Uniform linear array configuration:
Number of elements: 48
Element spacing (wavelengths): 1
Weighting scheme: cosine
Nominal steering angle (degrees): -15
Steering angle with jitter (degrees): -14.241
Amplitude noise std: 0.05
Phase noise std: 0.05

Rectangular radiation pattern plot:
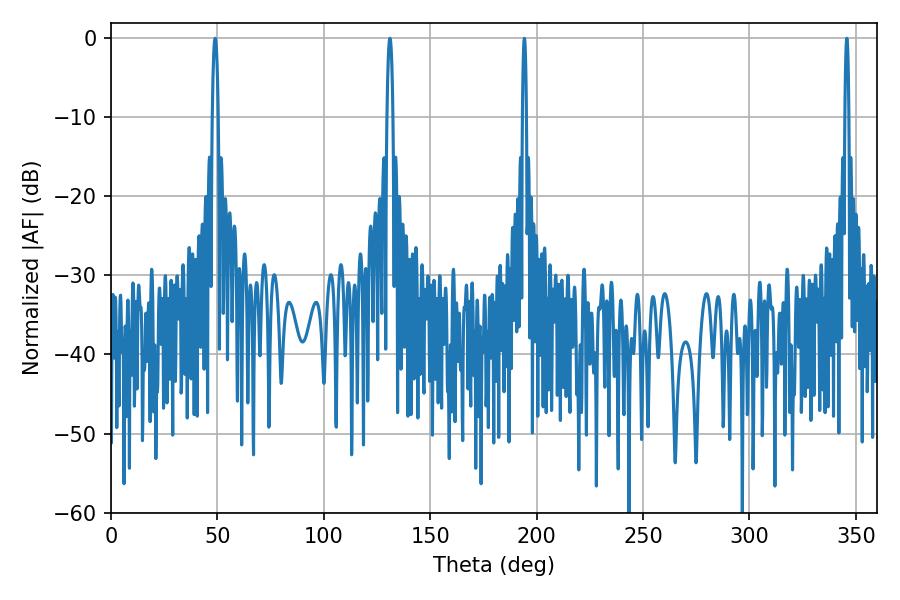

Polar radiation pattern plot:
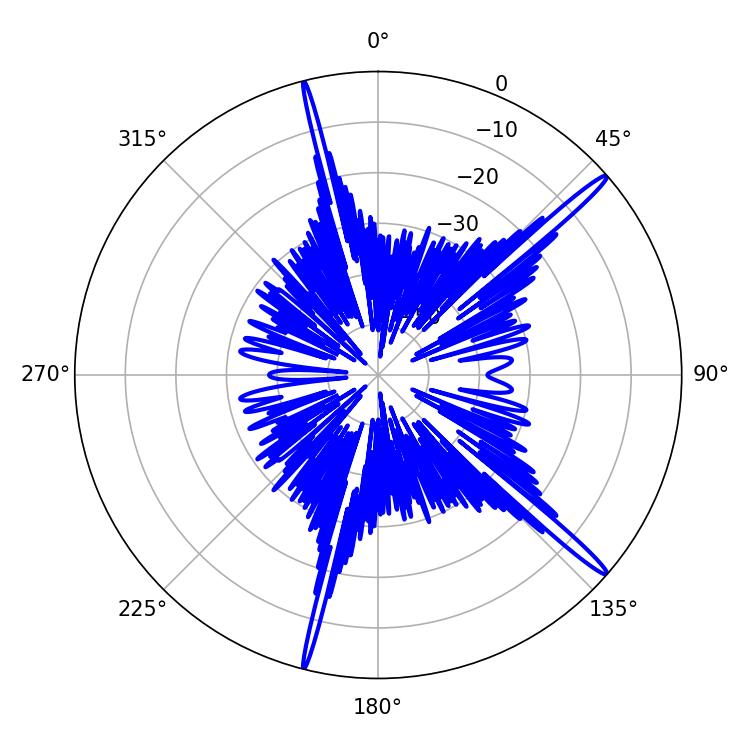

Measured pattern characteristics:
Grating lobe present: TRUE
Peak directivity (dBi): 17.278
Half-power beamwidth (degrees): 1.44
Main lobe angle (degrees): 48.96